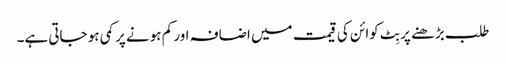
طلب بڑھنے پر بِٹ کوائن کی قیمت میں اضافہ اور کم ہونے پر کمی ہو جاتی ہے۔